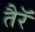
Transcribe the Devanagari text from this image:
तैरॅ